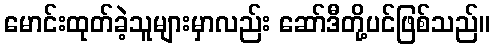
မောင်းထုတ်ခဲ့သူများမှာလည်း ဆော်ဒီတို့ပင်ဖြစ်သည်။